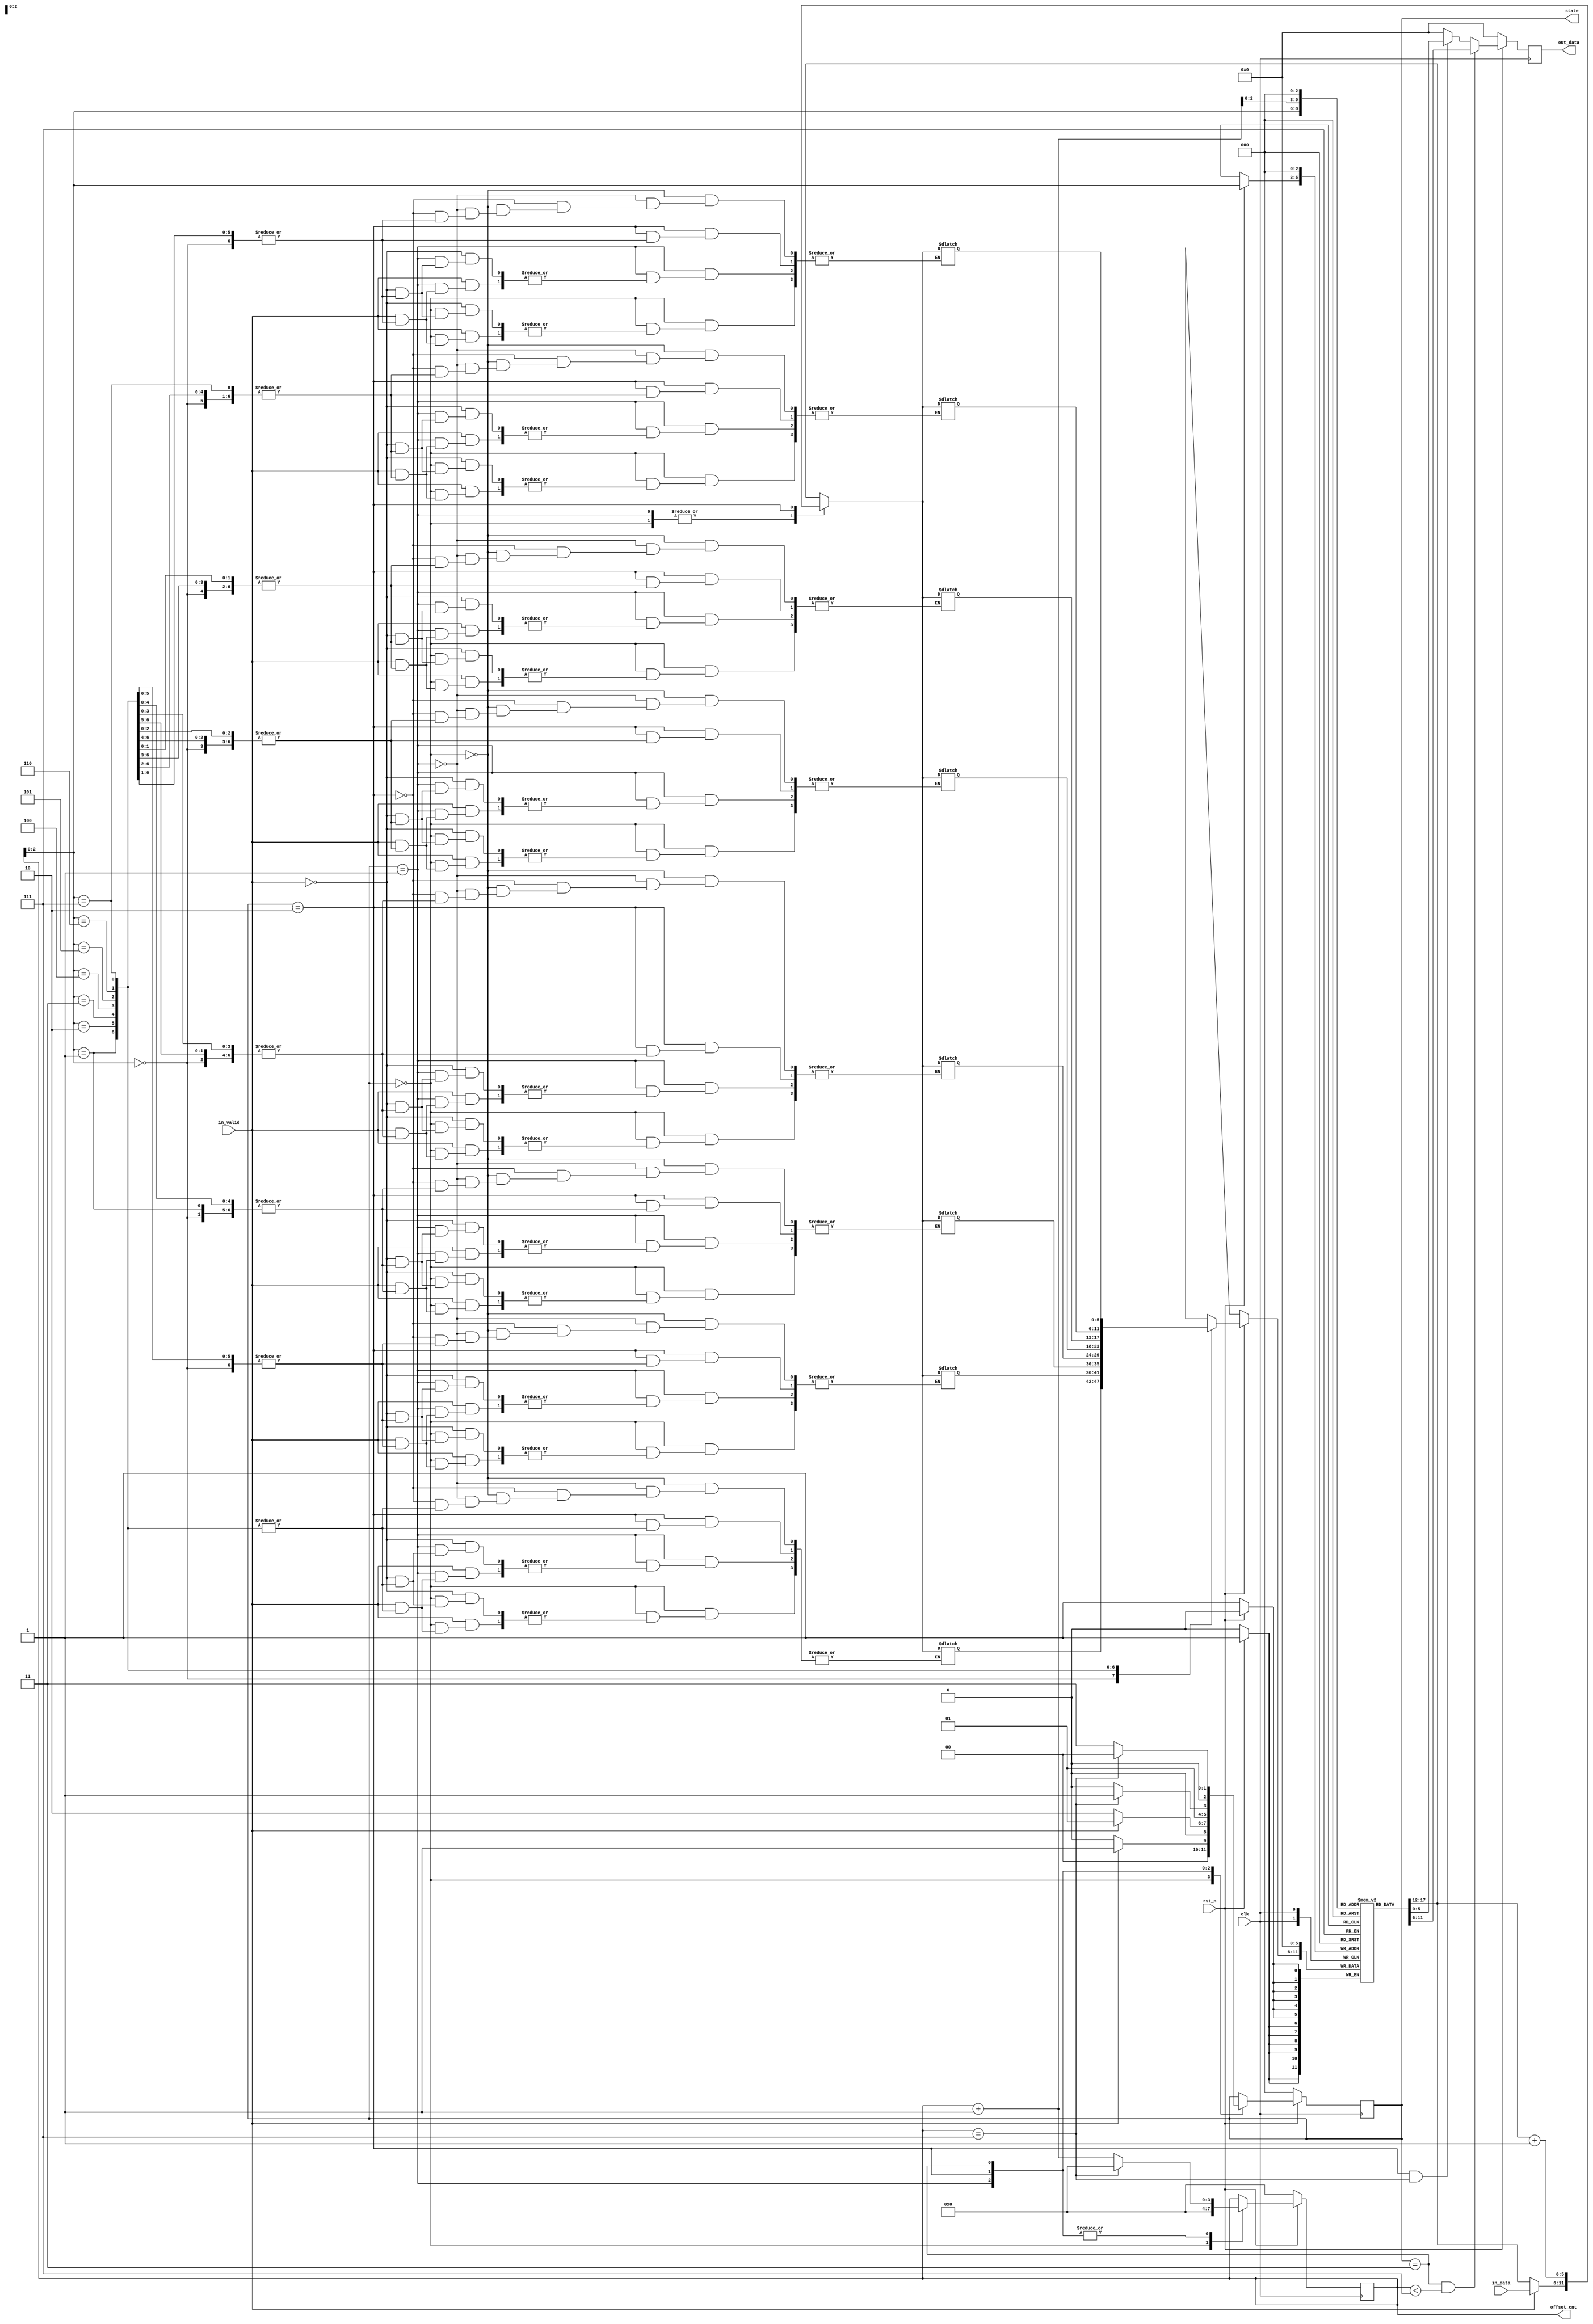
`timescale 1ns/1ps

module FSM_Practice(
    input clk, 
    input rst_n, 
    input [5:0] in_data, 
    input in_valid, 
    output reg [5:0] out_data, 
    output reg [2:0] state, 
    output reg [3:0] offset_cnt
);

parameter INIT = 3'd0;
parameter GET_DATA = 3'd1;
parameter PROCESS_DATA = 3'd2;
parameter OUTPUT_DATA = 3'd3;

reg [2:0] next_state;
reg [3:0] next_offset_cnt; // counter that helps countrol the state transition
reg [5:0] output_tmp [7:0], next_output_tmp [7:0];

/* state update */
always @(posedge clk)begin
    if(!rst_n) begin
        state <= INIT;
    end
    else begin
        state <= next_state;
    end
end

/* state transition */
always @(*) begin
    case(state)
    INIT: begin
        if(in_valid) next_state = GET_DATA;
        else next_state = INIT;
    end
    GET_DATA: begin
        /* determine the next state */
        if (!in_valid) next_state = PROCESS_DATA;
        else next_state = GET_DATA;
    end
    PROCESS_DATA: begin
        if (offset_cnt == 4'd7) next_state = OUTPUT_DATA;
        else next_state = PROCESS_DATA;
    end
    OUTPUT_DATA: begin
        /* determine the next state */
        if (offset_cnt == 4'd7) next_state = INIT;
        else next_state = OUTPUT_DATA;
    end
    default: begin
        next_state = state;
    end
    endcase
end

/* offset_cnt */
always@(posedge clk) begin
    if (!rst_n) begin
        offset_cnt <= 4'd0;
    end
    else begin
        offset_cnt <= next_offset_cnt;
    end
end

/* determine the next_offset_cnt value base on the current state */
always@(*) begin
    case(state)
    INIT: next_offset_cnt = 4'd0;
    GET_DATA: begin
        if (offset_cnt == 4'd7) next_offset_cnt = 4'd0;
        else next_offset_cnt = offset_cnt + 1'b1;
    end
    PROCESS_DATA: begin
        if (offset_cnt == 4'd7) next_offset_cnt = 4'd0;
        else next_offset_cnt = offset_cnt + 1'b1;
    end
    OUTPUT_DATA: begin
        if (offset_cnt == 4'd7) next_offset_cnt = 4'd0;
        else next_offset_cnt = offset_cnt + 1'b1;
    end
    default: begin
        next_offset_cnt = offset_cnt;
    end
    endcase
end

/* output_tmp */
always@(posedge clk) begin
    if(!rst_n) begin
        output_tmp[0] <= 6'b0;
    end
    else begin
        output_tmp[offset_cnt] <= next_output_tmp[offset_cnt];
    end
end

/* determine the next_output_tmp value base on the current state */
/* You can store the in_data in the next_output_tmp (by using the value of offset_cnt reg)
    and then process these data in the PROCESS_DATA state */
always@(*) begin
    case(state)
    INIT: begin
        if (in_valid) next_output_tmp[offset_cnt] = in_data;
        else next_output_tmp[offset_cnt] = output_tmp[offset_cnt];
    end
    GET_DATA: begin
        if (in_valid) next_output_tmp[offset_cnt] = in_data;
        else next_output_tmp[offset_cnt] = output_tmp[offset_cnt];
    end
    PROCESS_DATA: begin
        next_output_tmp[offset_cnt] = output_tmp[offset_cnt] + 1'b1;
    end
    default: begin
        next_output_tmp[offset_cnt] = output_tmp[offset_cnt];
    end
    endcase
end

/* output data */
always @(posedge clk) begin
    if (!rst_n) begin
        out_data <= 6'b0;
    end
    else begin
        /* determine the value of out_data under different circumstances */
        if (state == OUTPUT_DATA && offset_cnt < 4'd7) out_data <= output_tmp[offset_cnt + 1'b1];
        else if (state == PROCESS_DATA && offset_cnt == 4'd7) out_data <= output_tmp[0];
        else out_data <= 6'b0;
    end
end

endmodule